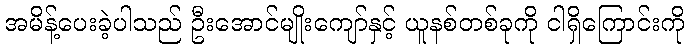
အမိန့်ပေးခဲ့ပါသည် ဦးအောင်မျိုးကျော်နှင့် ယူနစ်တစ်ခုကို ငါရှိကြောင်းကို